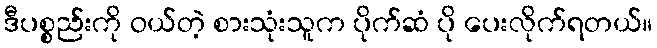
ဒီပစ္စည်းကို ဝယ်တဲ့ စားသုံးသူက ပိုက်ဆံ ပို ပေးလိုက်ရတယ်။